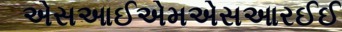
એસઆઈએમએસઆરઈઈ